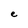
Character: e